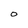
Character: O